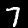
Digit: 7